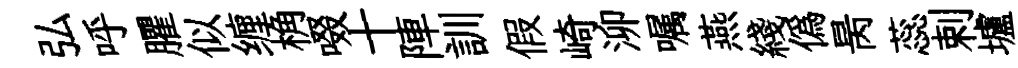
弘呼臞似缠桷啜十陣訓假崎泖嘱燕綫僞昺蕊剌壚